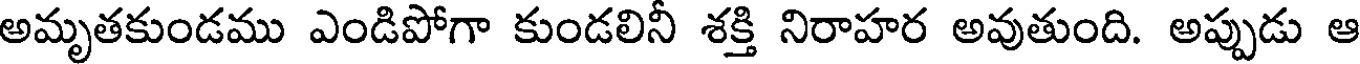
అమృతకుండము ఎండిపోగా కుండలినీ శక్తి నిరాహర అవుతుంది. అప్పుడు ఆ